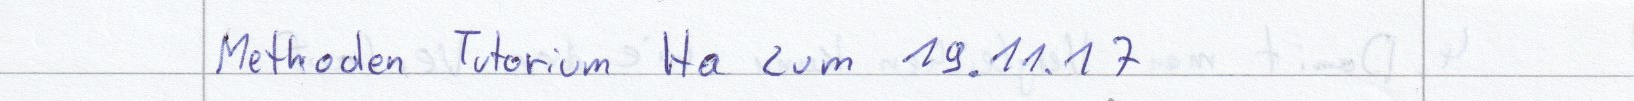
Methoden Tutorium Ha zum 19.11.17